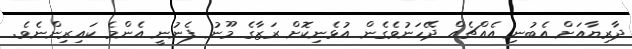
ދާރިޔާއަށް އެބުނި އެއްޗެއް ދޭހަނުވެގެން އުޅެނިކޮށް ރަޒާގެ މޫނު ފެނުނީ އެންމެ ކައިރިންނެވެ.